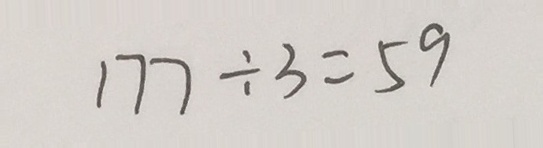
1 7 7 \div 3 = 5 9